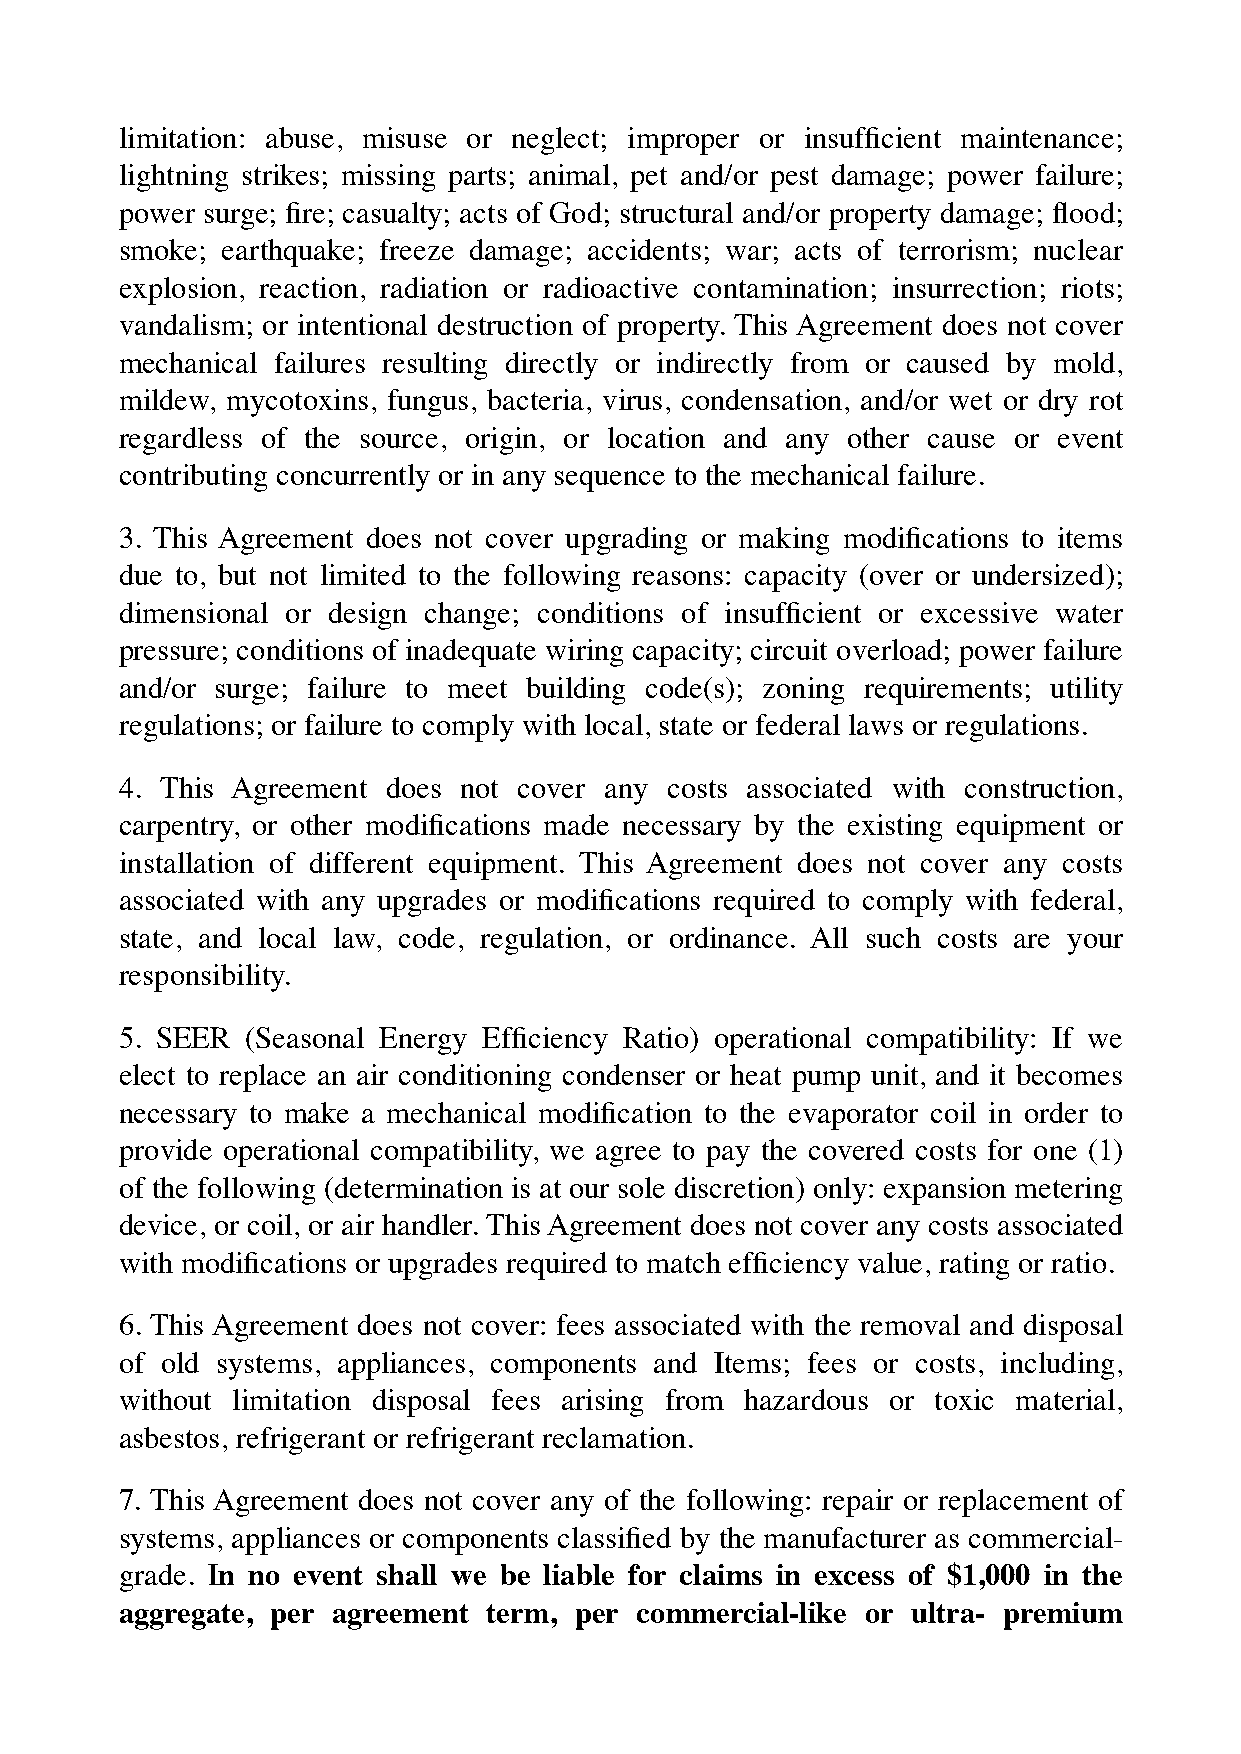
limitation: abuse, misuse or neglect; improper or insufficient maintenance;
 lightning strikes; missing parts; animal, pet and/or pest damage; power failure;
 power surge; fire; casualty; acts of God; structural and/or property damage; flood;
 smoke; earthquake; freeze damage; accidents; war; acts of terrorism; nuclear
 explosion, reaction, radiation or radioactive contamination; insurrection; riots;
 vandalism; or intentional destruction of property. This Agreement does not cover
 mechanical failures resulting directly or indirectly from or caused by mold,
 mildew, mycotoxins, fungus, bacteria, virus, condensation, and/or wet or dry rot
 regardless of the source, origin, or location and any other cause or event
 contributing concurrently or in any sequence to the mechanical failure.
 3. This Agreement does not cover upgrading or making modifications to items
 due to, but not limited to the following reasons: capacity (over or undersized);
 dimensional or design change; conditions of insufficient or excessive water
 pressure; conditions of inadequate wiring capacity; circuit overload; power failure
 and/or surge; failure to meet building code(s); zoning requirements; utility
 regulations; or failure to comply with local, state or federal laws or regulations.
 4. This Agreement does not cover any costs associated with construction,
 carpentry, or other modifications made necessary by the existing equipment or
 installation of different equipment. This Agreement does not cover any costs
 associated with any upgrades or modifications required to comply with federal,
 state, and local law, code, regulation, or ordinance. All such costs are your
 responsibility.
 5. SEER (Seasonal Energy Efficiency Ratio) operational compatibility: If we
 elect to replace an air conditioning condenser or heat pump unit, and it becomes
 necessary to make a mechanical modification to the evaporator coil in order to
 provide operational compatibility, we agree to pay the covered costs for one (1)
 of the following (determination is at our sole discretion) only: expansion metering
 device, or coil, or air handler. This Agreement does not cover any costs associated
 with modifications or upgrades required to match efficiency value, rating or ratio.
 6. This Agreement does not cover: fees associated with the removal and disposal
 of old systems, appliances, components and Items; fees or costs, including,
 without limitation disposal fees arising from hazardous or toxic material,
 asbestos, refrigerant or refrigerant reclamation.
 7. This Agreement does not cover any of the following: repair or replacement of
 systems, appliances or components classified by the manufacturer as commercial-
 grade. In no event shall we be liable for claims in excess of $1,000 in the
 aggregate, per agreement term, per commercial-like or ultra- premium